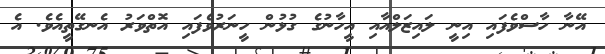
އޭނާ ހާސްވެފައި އިނީ ލައިޒަލްއާއި އީހާނުގެ ގުޅުން ހީނަރުވެފައި އޮތްވަރު އެނގޭތީއެވެ. އެ